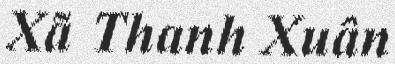
Xã Thanh Xuân